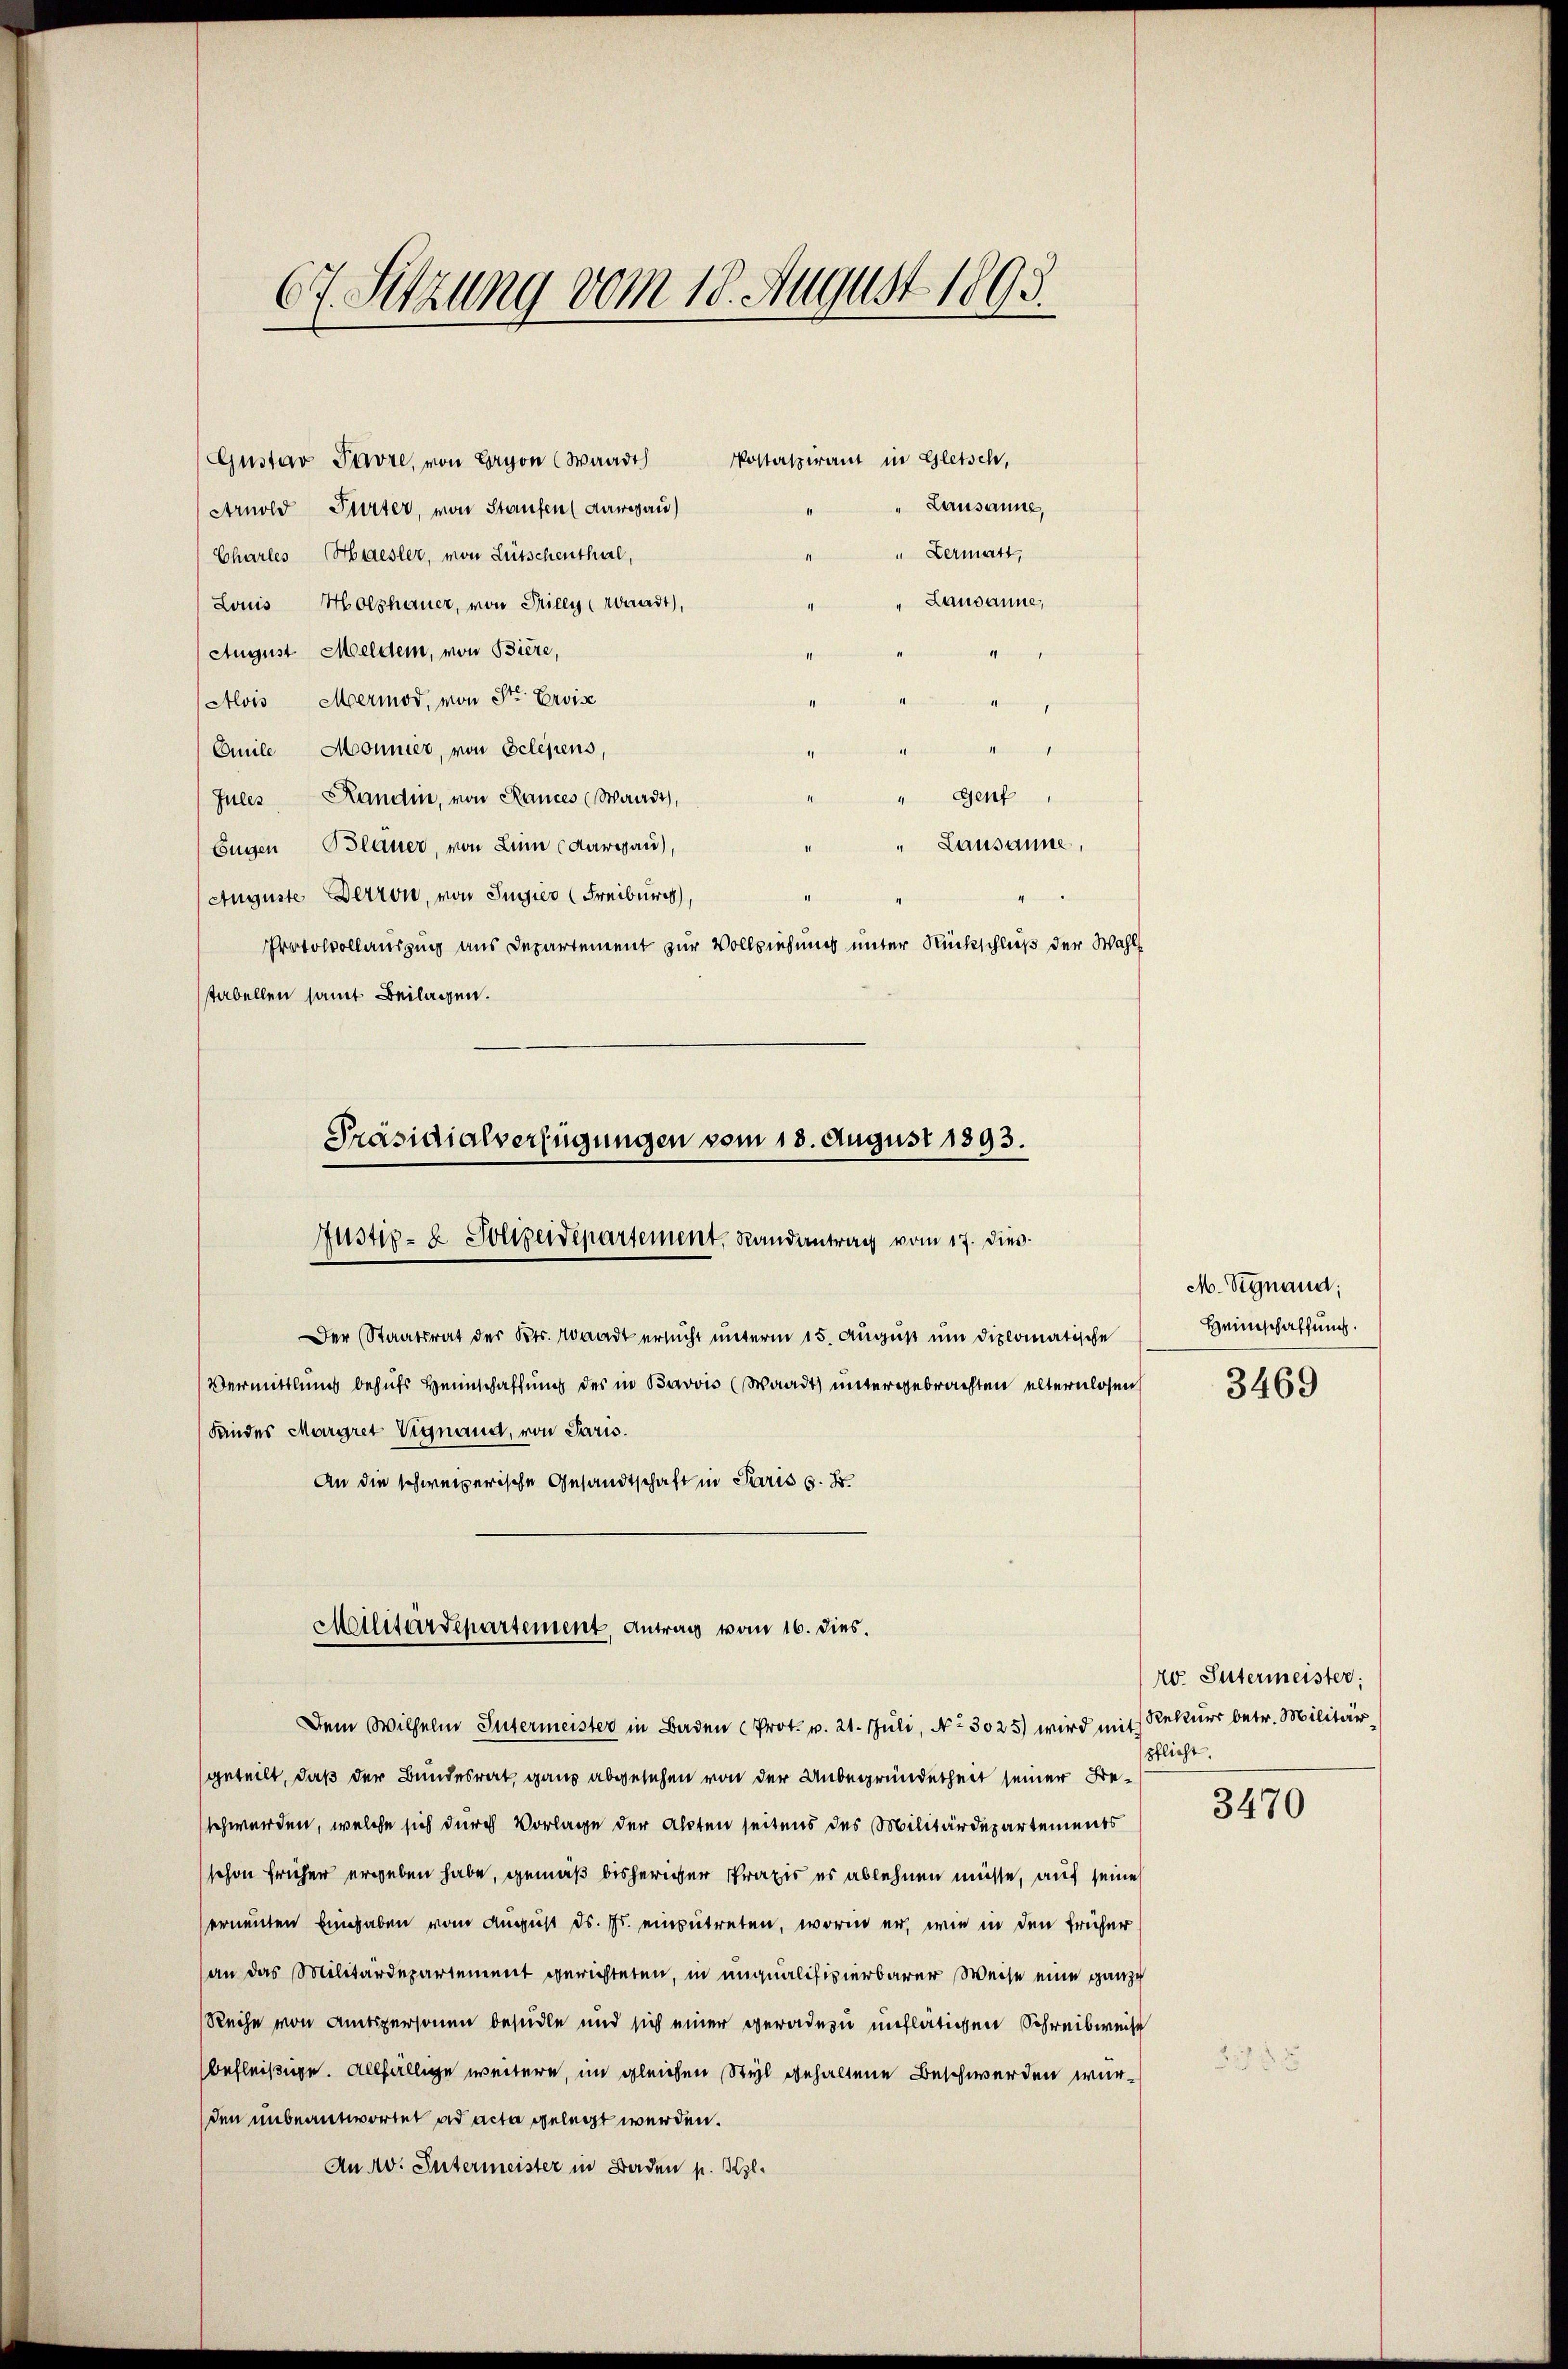
67. Sitzung vom 18. August 1895.

Gustav Pavre, von Lyon (Waadt
Arnold Gurter, von Staufen (Aargau)
Chartes Haesler, von Lütschenthal,
Louis Holzhauer, von Pilly (Waadt,
August Meldern, von Biere,
Alois Mermod, von Sr. Erwise

Omile Monnier, von Eclesens,
ch
Jules Kandin, von Rances (Waadt,
" Genf,
Eugen Blauer, von Linn (Aargaŭ) " " Lausanne,
Auguste Derron, von Junier (Freiburg),
Protokollausging aus Departement zur Vollziehung unter Rückschluß der Wahl
tabellen samt Beilagen.

Präsidialverfügungen vom 18. August 1893.
Justiz- & Polizeidepartement, Randantrag vom 17. dieß.
Der Staatsrat der Kts. Waadt ersucht unterm 15. August um diplomatische
Vermittlung behufs Heimschaffung des in Bavvis (Waadt) untergebrachten elternlosens
Landes Margret Vignand, von Paris.
An die schweizerische Gesandtschaft in Paris s. S
Militärdepartement, Antrag vom 16. dies.

Postaspirant in Gletsch,
Lausanne,
" Dermatt,
Lausanne,

.

Dem Wilhelm Intermeister in Baden Prot. v. 21. Juli, No 3025) wird mit Rekurs betr. Militärgeteilt, daß der Bundesrat, ganz abgesehen von der Unbegründetheit seiner Beschwerden, welche sich durch Vorlage der Alpten seitens des Militärdepartements
schon früher ergeben habe, gemäß bisheriger Praxis es ablehnen müsse, auf seine
ernennten Eingaben vom August d. Js. einzutreten, worin er, wie in den früher
(an das Militärdepartement gerichteten, in unqualifizierbarer Weise eine ganze
Reihe von Amtspersonen besudle und sich einer geradezu unflätigen Schreibweise
befleißige. Allfällige weitere, im gleichen Styl gehaltene Beschwerden würden unbeantwortet ad acta gelegt werden.
An 40. Intermeister in Baden p. Kzl.

M. Signand;
Heimschaffung.

3469

40. Intermeister;
pflicht.

3470